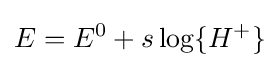
E=E^{0}+s\log\{H^{+}\}